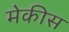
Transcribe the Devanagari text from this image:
मेकीस